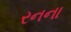
રનના